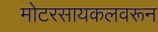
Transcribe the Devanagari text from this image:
मोटरसायकलवरून